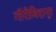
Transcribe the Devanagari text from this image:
गौरीबिदानूर